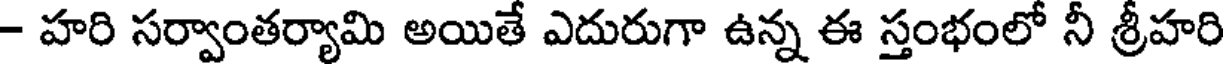
- హరి సర్వాంతర్యామి అయితే ఎదురుగా ఉన్న ఈ స్తంభంలో నీ శ్రీహరి